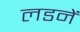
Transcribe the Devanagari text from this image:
लडनें